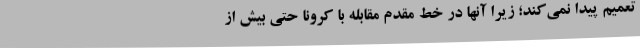
تعمیم پیدا نمی‌کند؛ زیرا آنها در خط مقدم مقابله با کرونا حتی بیش از